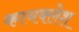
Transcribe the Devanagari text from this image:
कायक्लेश